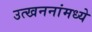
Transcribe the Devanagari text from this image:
उत्खननांमध्ये